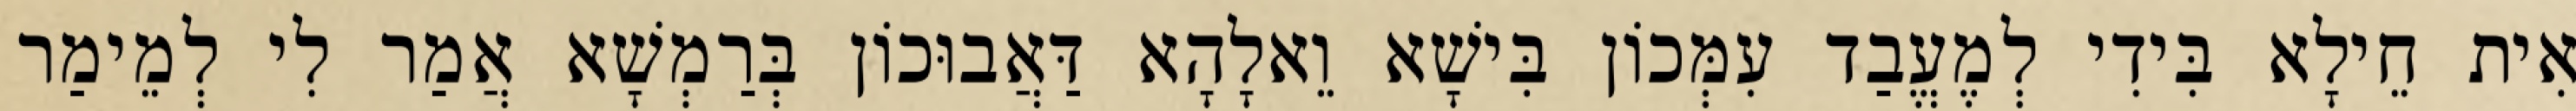
אִית חֵילָא בִּידִי לְמֶעֱבַד עִמְּכוֹן בִּישָׁא וֵאלָהָא דַּאֲבוּכוֹן בְּרַמְשָׁא אֲמַר לִי לְמֵימַר